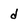
Character: d